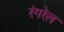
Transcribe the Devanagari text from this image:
रंगरेल